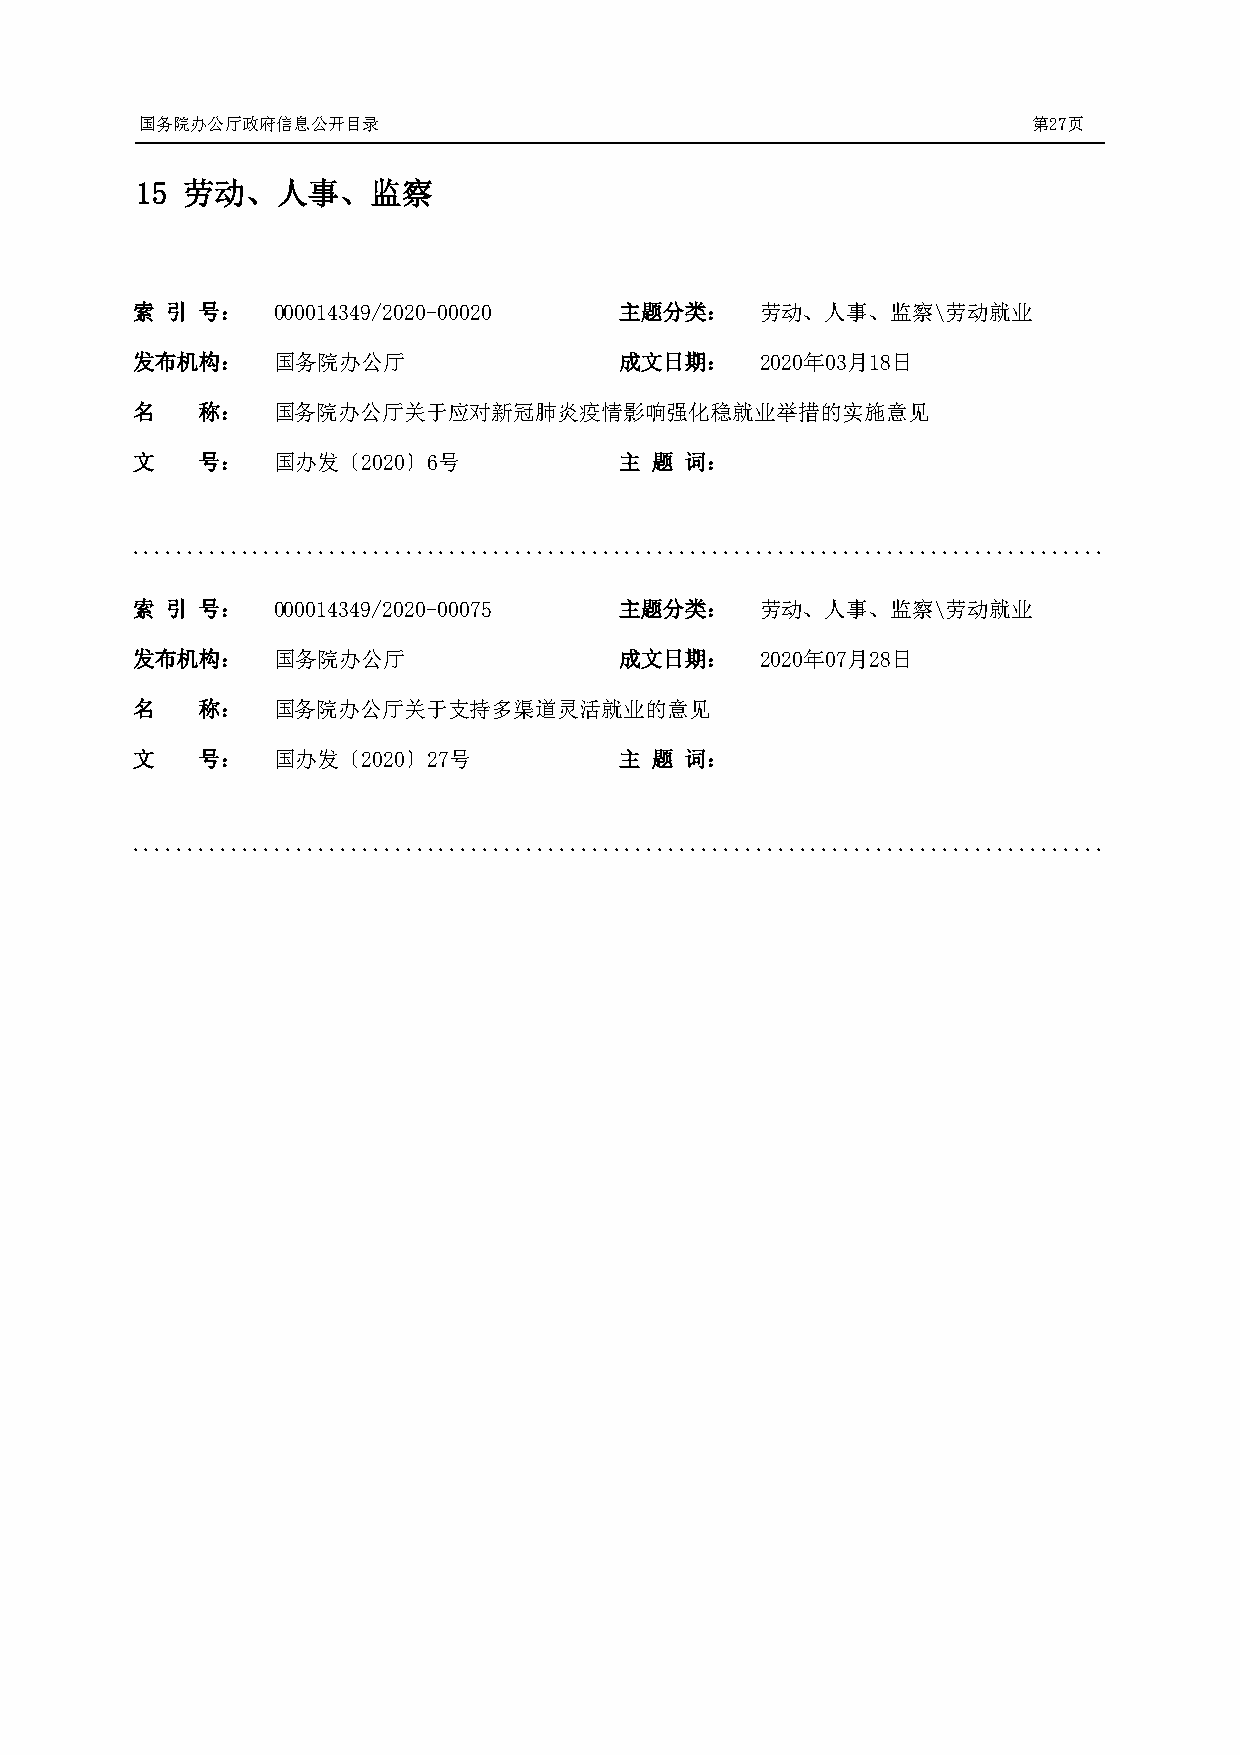
国务院办公厅政府信息公开目录                                             第27页
 15 劳动、人事、监察
 索 引 号：   000014349/2020-00020   主题分类：    劳动、人事、监察\劳动就业
 发布机构：    国务院办公厅                 成文日期：    2020年03月18日
 名   称：   国务院办公厅关于应对新冠肺炎疫情影响强化稳就业举措的实施意见
 文   号：   国办发〔2020〕6号            主 题 词：
 .........................................................................................
 索 引 号：   000014349/2020-00075   主题分类：    劳动、人事、监察\劳动就业
 发布机构：    国务院办公厅                 成文日期：    2020年07月28日
 名   称：   国务院办公厅关于支持多渠道灵活就业的意见
 文   号：   国办发〔2020〕27号           主 题 词：
 .........................................................................................